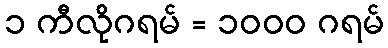
၁ ကီလိုဂရမ် = ၁၀၀၀ ဂရမ်